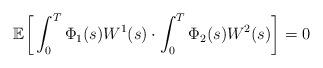
LaTeX: \begin{align*}\mathbb{E}\bigg[\int_{0}^{T}\Phi_1(s)W^1(s)\cdot \int_{0}^{T}\Phi_2(s)W^2(s)\bigg] = 0\end{align*}